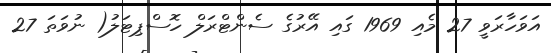
އަވަހާރަވީ 27 މެއި 1969 ގައި އޭރުގެ ސެންޓްރަލް ހޮސްޕިޓަލު( ނުވަތަ 27